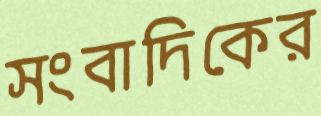
সংবাদিকের